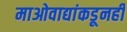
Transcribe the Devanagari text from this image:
माओवाद्यांकडूनही